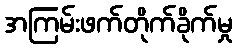
အကြမ်းဖက်တိုက်ခိုက်မှု